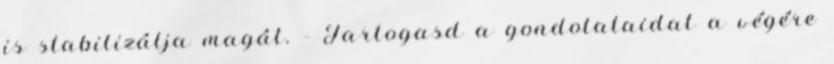
is stabilizálja magát. - Tartogasd a gondolataidat a végére